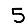
Digit: 5